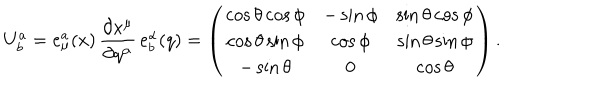
LaTeX: U _ { b } ^ { a } = e _ { \mu } ^ { a } ( x ) \, \frac { \partial x ^ { \mu } } { \partial q ^ { \alpha } } \, e _ { b } ^ { \alpha } ( q ) = \left( \begin{array} { c c c } { { \cos \theta \cos \phi } } & { { - \sin \phi } } & { { \sin \theta \cos \phi } } \\ { { \cos \theta \sin \phi } } & { { \cos \phi } } & { { \sin \theta \sin \phi } } \\ { { - \sin \theta } } & { { 0 } } & { { \cos \theta } } \\ \end{array} \right) .